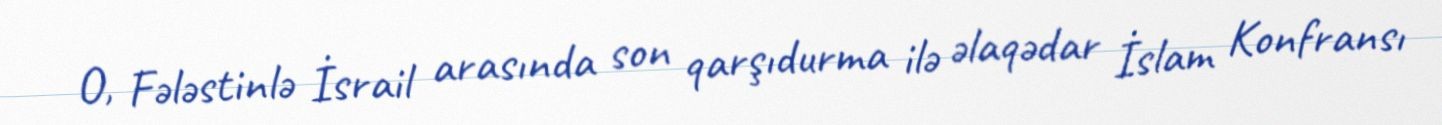
O, Fələstinlə İsrail arasında son qarşıdurma ilə əlaqədar İslam Konfransı